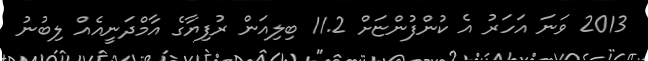
2013 ވަނަ އަހަރު އެ ކުންފުންޏަށް 11.2 ބިލިއަން ރުފިޔާގެ އާމްދަނީއެއް ލިބުނު